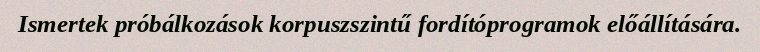
Ismertek próbálkozások korpuszszintű fordítóprogramok előállítására.